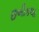
છબીકલા